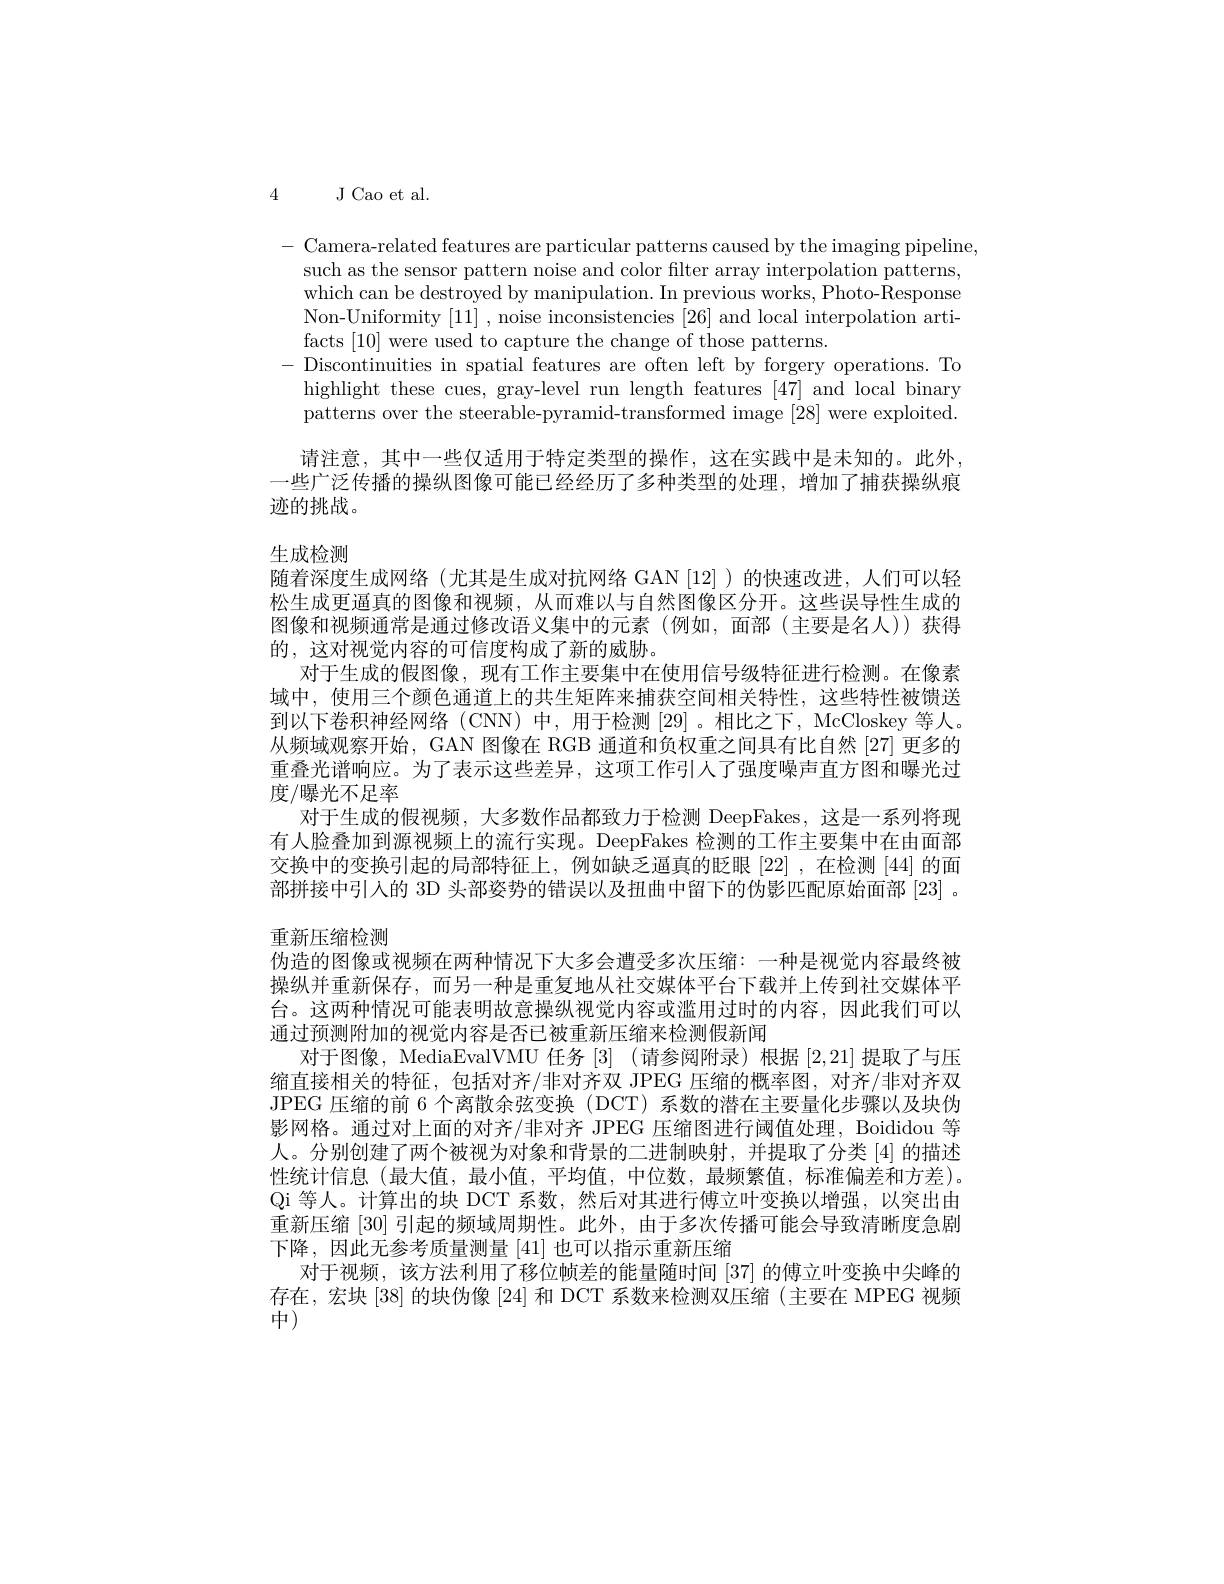
4 J Cao et al.

- Camera-related features are particular patterns caused by the imaging pipeline,
such as the sensor pattern noise and color filter array interpolation patterns, which can be destroyed by manipulation. In previous works, Photo-Response Non-Uniformity [11] , noise inconsistencies [26] and local interpolation artifacts [10] were used to capture the change of those patterns.
Discontinuities in spatial features are often left by forgery operations. To highlight these cues, gray-level run length features [47] and local binary patterns over the steerable-pyramid-transformed image [28] were exploited 请注意，其中一些仅适用于特定类型的操作，这在实践中是未知的。此外
一些广泛传播的操纵图像可能已经经历了多种类型的处理，增加了捕获操纵痕
迹的挑战。

生成检测

随着深度生成网络(尤其是生成对抗网络 GAN[12])的快速改进，人们可以轻松生成更逼真的图像和视频，从而难以与自然图像区分开。这些误导性生成的图像和视频通常是通过修改语义集中的元素(例如，面部(主要是名人))获得的，这对视觉内容的可信度构成了新的威胁。
对于生成的假图像，现有工作主要集中在使用信号级特征进行检测。在像素域中，使用三个颜色通道上的共生矩阵来捕获空间相关特性，这些特性被馈送到以下卷积神经网络(CNN)中，用于检测[29]。相比之下，McCloskey等人。从频域观察开始，GAN 图像在 RGB 通道和负权重之间具有比自然 [27] 更多的重叠光谱响应。为了表示这些差异，这项工作引人了强度噪声直方图和曝光过度/曝光不足率
对于生成的假视频，大多数作品都致力于检测 DeepFakes, 这是一系列将现有人脸叠加到源视频上的流行实现。DeepFakes 检测的工作主要集中在由面部交换中的变换引起的局部特征上，例如缺乏逼真的眨眼[22],在检测[44]的面部拼接中引人的 3D 头部姿势的错误以及扭曲中留下的伪影匹配原始面部[23] 。重新压缩检测
伪造的图像或视频在两种情况下大多会遭受多次压缩：一种是视觉内容最终被操纵并重新保存，而另一种是重复地从社交媒体平台下载并上传到社交媒体平台。这两种情况可能表明故意操纵视觉内容或滥用过时的内容，因此我们可以通过预测附加的视觉内容是否已被重新压缩来检测假新闻
对于图像，MediaEvalVMU 任务[3] (请参阅附录)根据[2,21]提取了与压缩直接相关的特征，包括对齐/非对齐双 JPEG 压缩的概率图，对齐/非对齐双JPEG 压缩的前 6 个离散余弦变换 (DCT) 系数的潜在主要量化步骤以及块伪影网格。通过对上面的对齐/非对齐 JPEG 压缩图进行阈值处理，Boididou 等人。分别创建了两个被视为对象和背景的二进制映射，并提取了分类[4]的描述性统计信息(最大值，最小值，平均值，中位数，最频繁值，标准偏差和方差)。Qi 等人。计算出的块 DCT 系数，然后对其进行傅立叶变换以增强，以突出由重新压缩[30]引起的频域周期性。此外，由于多次传播可能会导致清晰度急剧下降，因此无参考质量测量[41]也可以指示重新压缩
对于视频，该方法利用了移位帧差的能量随时间 [37] 的傅立叶变换中尖峰的存在，宏块[38]的块伪像[24]和 DCT 系数来检测双压缩(主要在 MPEG 视频中)